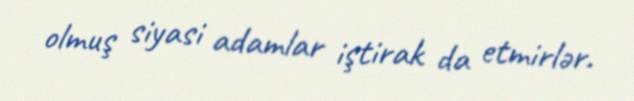
olmuş siyasi adamlar iştirak da etmirlər.